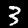
Digit: 3